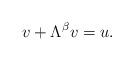
LaTeX: \begin{align*}v+\Lambda^\beta v=u.\end{align*}